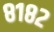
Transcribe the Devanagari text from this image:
८१८२